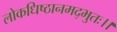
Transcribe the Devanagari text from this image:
लोकधिष्ठानमद्भुतः।।